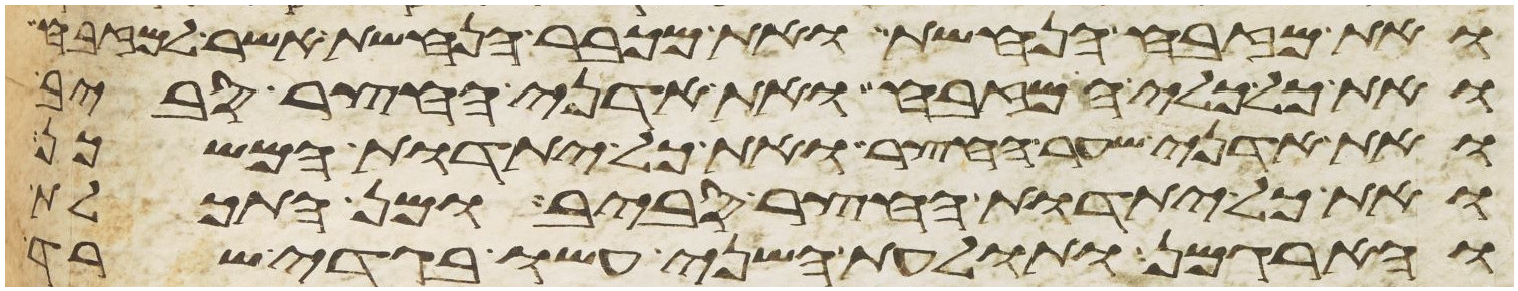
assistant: ואת מזבח הנחשת ואת מכבר הנחשת אשר למזבח
ואת כל כלי המזבח ואת אדני החצר סביב
ואת אדני שער החצר ואת כל יתדות המשכן
ואת כל יתדות החצר סביב ומן התכלת
והארגמן ותולעת השני עשו בגדי שרד